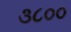
૩૮૦૦